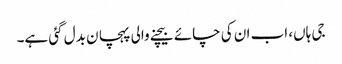
جی ہاں، اب ان کی چائے بیچنے والی پہچا ن بدل گئی ہے۔